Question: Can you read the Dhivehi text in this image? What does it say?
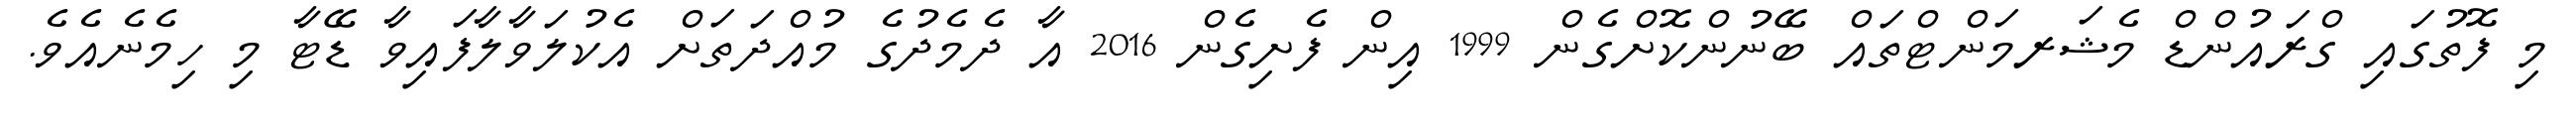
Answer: މި ފޮތުގައި ގްރައުންޑް މެޝަރމަންޓްތައް ބޭނުންކޮށްގެން 1999 އިން ފެށިގެން 2016 އާ ދެމެދުގެ މުއްދަތަށް އެކުލަވާލާފައިވާ ޑޭޓާ މި ހިމެނެއެވެ.